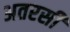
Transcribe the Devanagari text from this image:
अतरसी